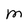
Character: m